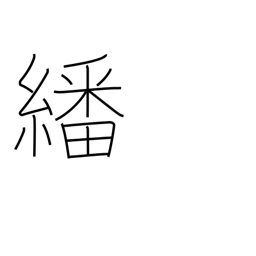
Meaning: peruse